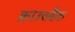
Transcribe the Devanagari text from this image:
क्राउचबैक